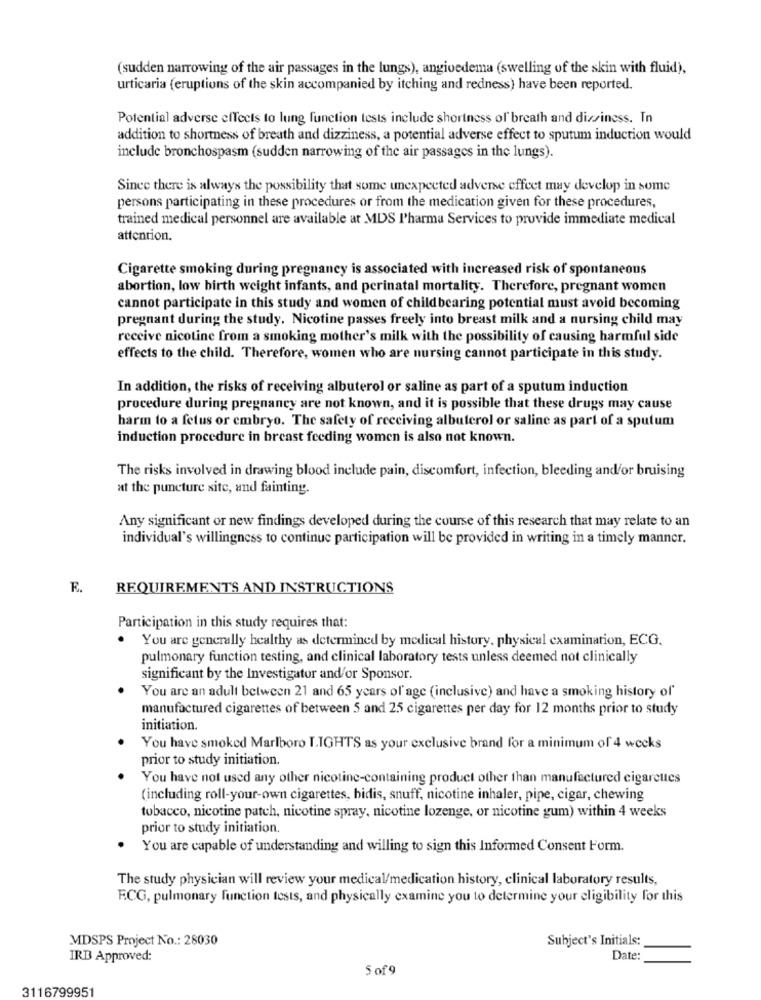
(sudden narrowing of the air passages in the lungs), angioedema (swelling of the skin with fluid),
urticaria (eruptions of the skin accompanied by itching and redness) have been reported.
Potential adverse effects to lung function tests include shortness of breath and dizziness. In
addition to shortness of breath and dizziness, a potential adverse effect to sputum induction would
include bronchospasm (sudden narrowing of the air passages in the lungs).
Since there is always the possibility that some unexpected adverse effect may develop in some
persons participating in these procedures or from the medication given for these procedures,
trained medical personnel are available at MDS l'harma Services to provide immediate medical
attention.
Cigarette smoking during pregnancy is associated with increased risk of spontaneous
abortion, low birth weight infants, and perinatal mortality. Therefore, pregnant women
cannot participate in this study and women of childbearing potential must avoid becoming
pregnant during the study. Nicotine passes freely into breast milk and a nursing child may
receive nicotine from a smoking mother's milk with the possibility of causing harmful side
effects to the child. Therefore, women who are nursing cannot participate in this study.
In addition, the risks of receiving albuterol or saline as part of a sputum induction
procedure during pregnancy are not known, and it is possible that these drugs may cause
harm to a fetus or embryo. The safety of receiving albuterol or saline as part of a sputum
induction procedure in breast feeding women is also not known.
The risks involved in drawing blood include pain, discomfort, infection, bleeding and/or bruising
at the puncture site, and fainting.
Any significant or new findings developed during the course of this research that may relate to an
individual's willingness to continue participation will be provided in writing in a timely manner.
E.
REQUIREMENTS AND INSTRUCTIONS
Participation in this study requires that:
You are generally healthy as determined by medical history, physical examination, ECG,
pulmonary function testing, and clinical laboratory tests unless deemed not clinically
significant by the Investigator and/or Sponsor.
You are an adult between 21 and 65 years of age (inclusive) and have a smoking history of'
manufactured cigarettes of between 5 and 25 cigarettes per day for 12 months prior to study
initiation.
You have smoked Marlboro I.IGHTS as your exclusive brand for a minimum of 4 weeks
prior to study initiation.
You have not used any other nicotine-containing product other than manufactured cigarettes
(including roll-your-own cigarettes, bidis, snuff, nicotine inhaler, pipe, cigar, chewing
tobacco, nicotine patch, nicotine spray, nicotine lozenge, or nicotine gum) within 4 weeks
prior to study initiation.
You are capable of understanding and willing to sign this Informed Consent Form.
The study physician will review your medical/medication history, clinical laboratory results,
F.CG, pulmonary function tests, and physically examine you to determine your eligibility for this
MDSPS Project No .: 28030
Subject's Initials:
IRB Approved:
Date:
5 of 9
3116799951